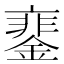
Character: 䥆